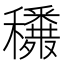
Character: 𥤈